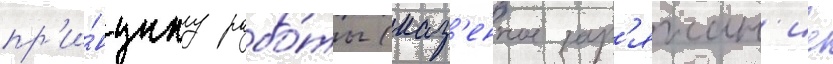
пр'и́нципу рабо́ты (каз'енное зар'яжан'ие